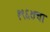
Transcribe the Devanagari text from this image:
१९६७चा